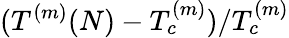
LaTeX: (T^{(m)}(N)-T_{c}^{(m)})/T_{c}^{(m)}